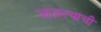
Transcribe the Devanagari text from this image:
जाळल्याची